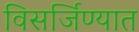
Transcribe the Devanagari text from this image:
विसर्जिण्यात